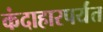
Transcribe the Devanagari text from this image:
कंदाहारपर्यंत